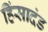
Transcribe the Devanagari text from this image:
हिंसादंड